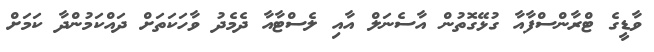
ވާޑީގެ ޓްރާންސްފާއާ ގުޅޭގޮތުން އާސެނަލް އާއި ލެސްޓާއާ ދެމެދު ވާހަކަތަށް ދައްކަމުންދާ ކަމަށް